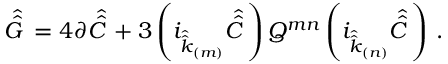
\hat { \hat { G } \, } = 4 \partial \hat { \hat { C } \, } + 3 \left( i _ { \hat { \hat { k } } _ { \scriptscriptstyle ( m ) } } \hat { \hat { C } \, } \right) Q ^ { m n } \left( i _ { \hat { \hat { k } } _ { \scriptscriptstyle ( n ) } } \hat { \hat { C } \, } \right) \, .